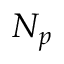
N _ { p }